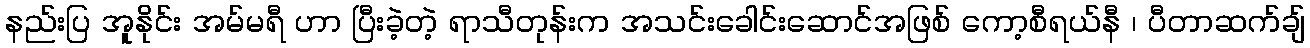
နည်းပြ အူနိုင်း အမ်မရီ ဟာ ပြီးခဲ့တဲ့ ရာသီတုန်းက အသင်းခေါင်းဆောင်အဖြစ် ကော့စီရယ်နီ ၊ ပီတာဆက်ချ်